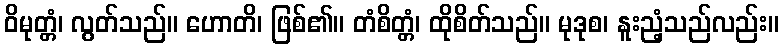
ဝိမုတ္တံ၊ လွတ်သည်။ ဟောတိ၊ ဖြစ်၏။ တံစိတ္တံ၊ ထိုစိတ်သည်။ မုဒုစ၊ နူးညံ့သည်လည်း။